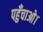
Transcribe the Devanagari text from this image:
पहुँचाओ।